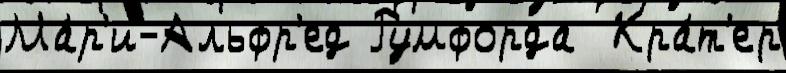
Ма́р'и-Альфр'ед Румфорда  Кра́т'ер